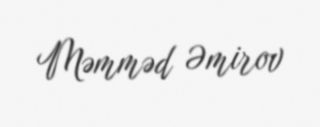
Məmməd Əmirov